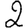
Digit: 2